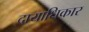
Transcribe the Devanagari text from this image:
दायाधिकार